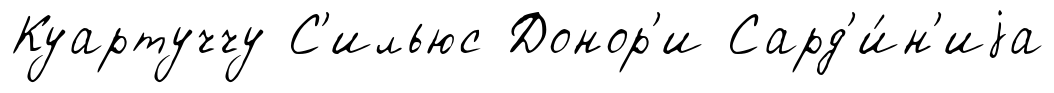
Куартуччу С'ильюс Донор'и Сард'и́н'иjа